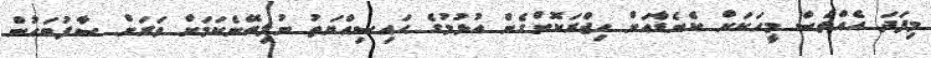
މިފަދަ އެއްވެސް މީހަކަށް ކެނެޑާއަށް ހިޖްރަކޮށްގެން އުޅުމުގެ ޙައިސިއްޔަތު ނުލިބޭނެކަމަށް ވަރަށް ސާފުބަހުން